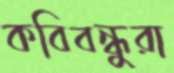
কবিবন্ধুরা